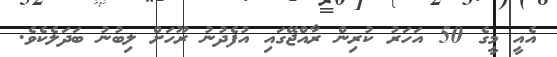
އެއީ މީގެ 50 އަހަރު ކުރިން ރާއްޖޭގައި އުފެދުނު ރޫހަށް ލިބުނު ބަދަލެކެވެ.